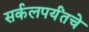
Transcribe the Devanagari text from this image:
सर्कलपर्यंतचे